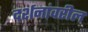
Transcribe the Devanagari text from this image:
दर्शनांवरील